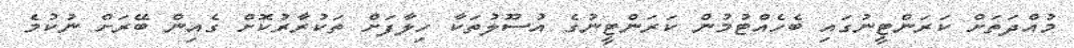
މުއްދަތަަށް ކަރަންޓީނުގައި ބެހެއްޓުމުން ކަރަންޓީނުގެ އުސޫލުތަކާ ހިލާފަށް ތަކުރާރުކޮށް ގެއިން ބޭރަށް ނުކުމެ